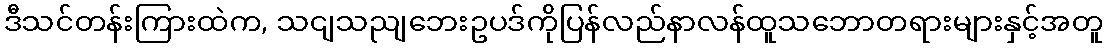
ဒီသင်တန်းကြားထဲက, သငျသညျဘေးဥပဒ်ကိုပြန်လည်နာလန်ထူသဘောတရားများနှင့်အတူ